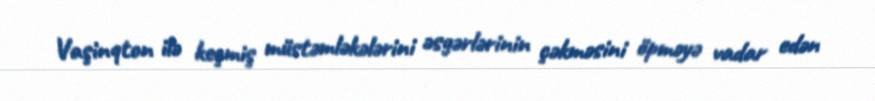
Vaşinqton ilə keçmiş müstəmləkələrini əsgərlərinin çəkməsini öpməyə vadar edən